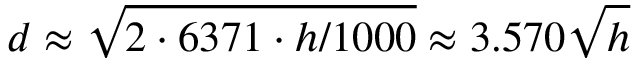
d \approx { \sqrt { 2 \cdot 6 3 7 1 \cdot { h / 1 0 0 0 } } } \approx 3 . 5 7 0 { \sqrt { h } }